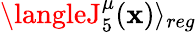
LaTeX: \langleJ_{5}^{\mu}(\mathbf{x})\rangle_{reg}